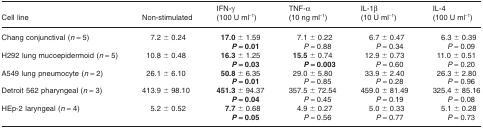
<table><thead><tr><td><b>Cell line</b></td><td><b>Non-stimulated</b></td><td><b>IFN-γ (100 U ml<sup>−1</sup>)</b></td><td><b>TNF-α (10 ng ml<sup>−1</sup>)</b></td><td><b>IL-1β (10 U ml<sup>−1</sup>)</b></td><td><b>IL-4 (100 U ml<sup>−1</sup>)</b></td></tr></thead><tbody><tr><td>Chang conjunctival (<i>n</i> = 5)</td><td>7.2 ± 0.24</td><td><b>17.0</b> ± 1.59</td><td>7.1 ± 0.22</td><td>6.7 ± 0.47</td><td>6.3 ± 0.39</td></tr><tr><td></td><td></td><td><b><i>P</i> = 0.01</b></td><td><i>P</i> = 0.88</td><td><i>P</i> = 0.34</td><td><i>P</i> = 0.09</td></tr><tr><td>H292 lung mucoepidermoid (<i>n</i> = 5)</td><td>10.8 ± 0.48</td><td><b>16.3</b> ± 1.25</td><td><b>15.5</b> ± 0.74</td><td>12.9 ± 0.73</td><td>11.0 ± 0.51</td></tr><tr><td></td><td></td><td><b><i>P</i> = 0.03</b></td><td><b><i>P</i> = 0.003</b></td><td><i>P</i> = 0.60</td><td><i>P</i> = 0.20</td></tr><tr><td>A549 lung pneumocyte (<i>n</i> = 2)</td><td>26.1 ± 6.10</td><td><b>50.8</b> ± 6.35</td><td>29.0 ± 5.80</td><td>33.9 ± 2.40</td><td>26.3 ± 2.80</td></tr><tr><td></td><td></td><td><b><i>P</i> = 0.01</b></td><td><i>P</i> = 0.85</td><td><i>P</i> = 0.28</td><td><i>P</i> = 0.96</td></tr><tr><td>Detroit 562 pharyngeal (<i>n</i> = 3)</td><td>413.9 ± 98.10</td><td><b>451.3</b> ± 94.37</td><td>357.5 ± 72.54</td><td>459.0 ± 81.49</td><td>325.4 ± 85.16</td></tr><tr><td></td><td></td><td><b><i>P</i> = 0.04</b></td><td><i>P</i> = 0.45</td><td><i>P</i> = 0.19</td><td><i>P</i> = 0.08</td></tr><tr><td>HEp-2 laryngeal (<i>n</i> = 4)</td><td>5.2 ± 0.52</td><td><b>7.7</b> ± 0.68</td><td>4.9 ± 0.27</td><td>5.0 ± 0.33</td><td>5.1 ± 0.28</td></tr><tr><td></td><td></td><td><b><i>P</i> = 0.05</b></td><td><i>P</i> = 0.56</td><td><i>P</i> = 0.77</td><td><i>P</i> = 0.73</td></tr></tbody></table>